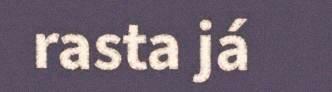
rasta já